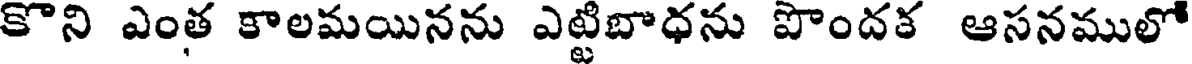
కొని ఎంత కాలమయినను ఎట్టిబాధను పొందక ఆసనములో